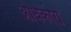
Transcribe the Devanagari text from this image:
अधिकारी